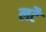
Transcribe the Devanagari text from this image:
लटै